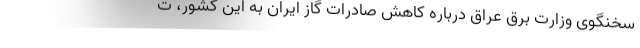
سخنگوی وزارت برق عراق درباره کاهش صادرات گاز ایران به این کشور، ت